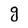
Character: g